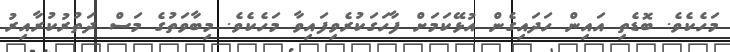
މަހެކެވެ. ބޮޑެތި އައިން ހަދައިގެން އުޅޭކަމަށް ފާހަގަކުރެވިފައިވާ މަހެކެވެ. މިބާވަތުގެ މަސް ދަތުރުކުރާއިރު